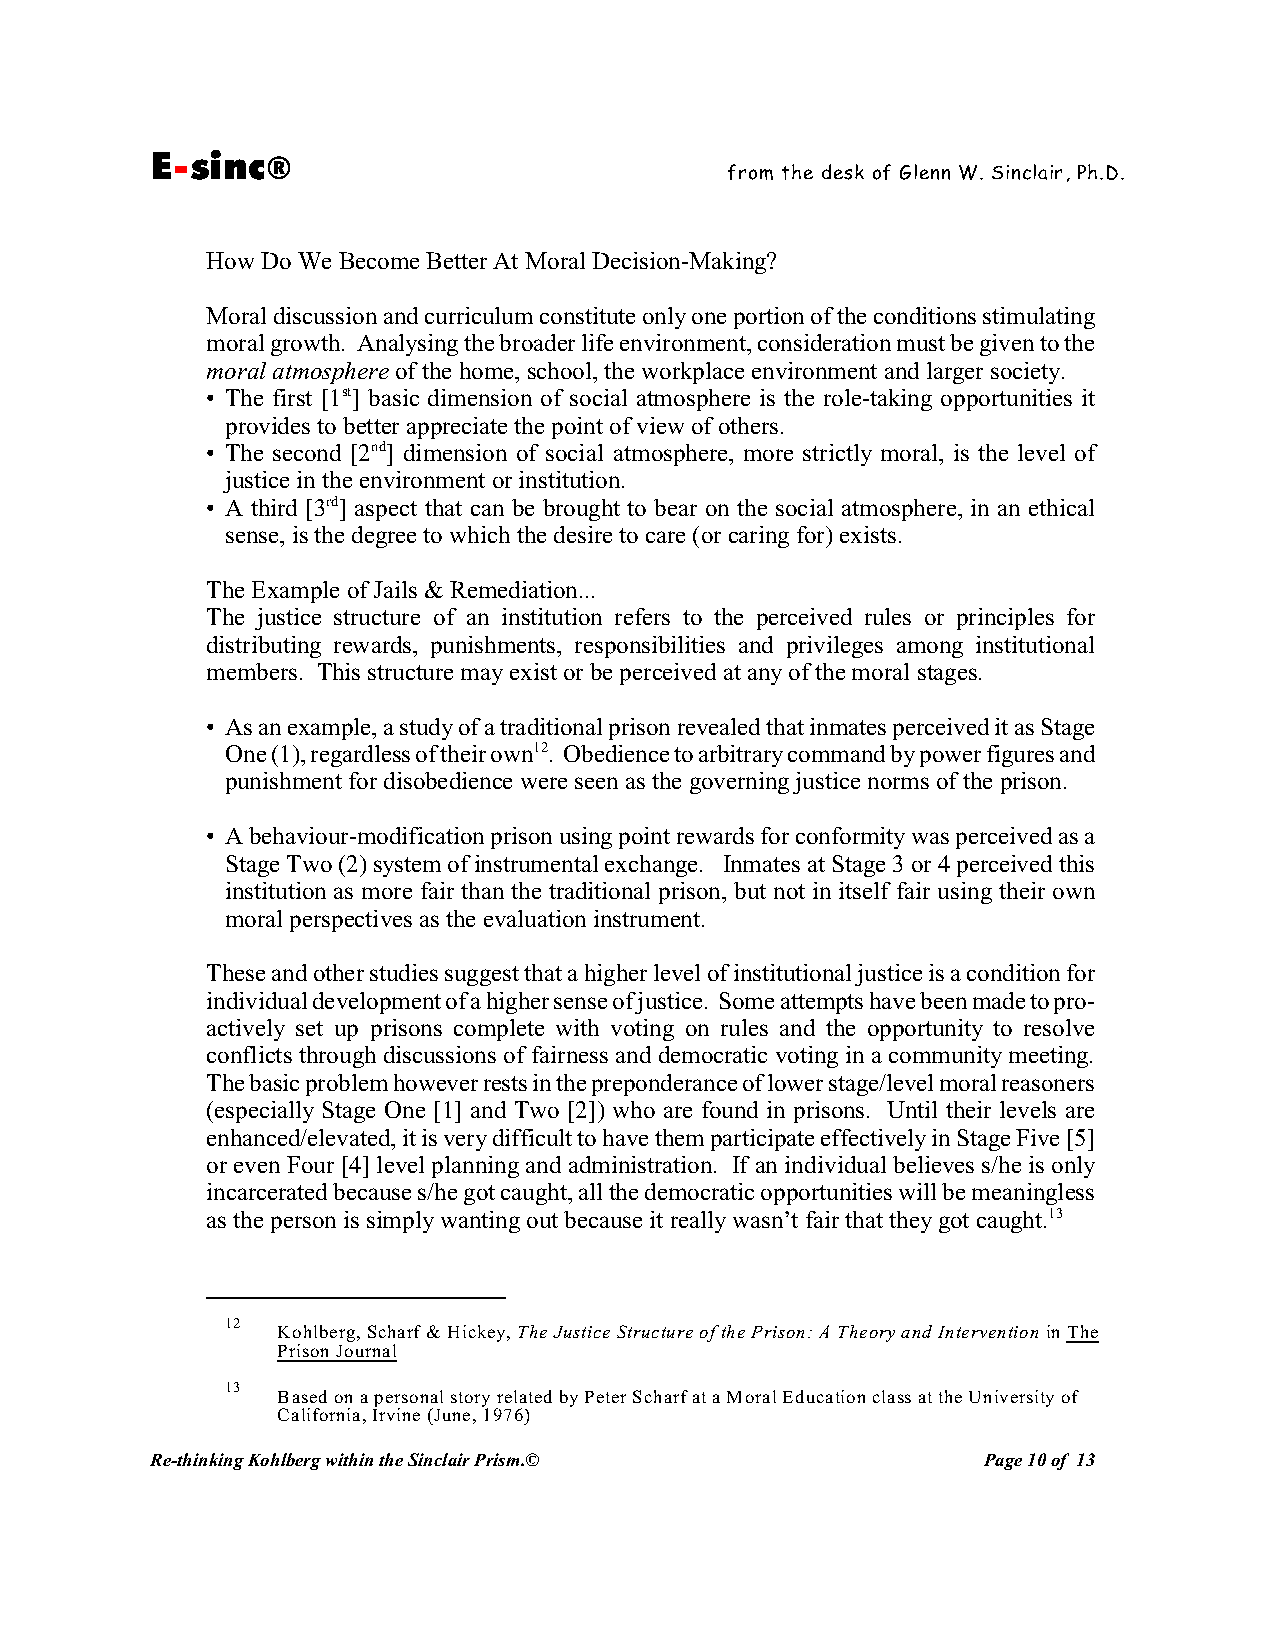
E-sinc®
 from the desk of Glenn W. Sinclair, Ph.D.
 How Do We Become Better At Moral Decision-Making?
 Moral discussion and curriculum constitute only one portion of the conditions stimulating
 moral growth. Analysing the broader life environment, consideration must be given to the
 moral atmosphere of the home, school, the workplace environment and larger society.
 • The first [1st] basic dimension of social atmosphere is the role-taking opportunities it
 provides to better appreciate the point of view of others.
 • The second [2nd] dimension of social atmosphere, more strictly moral, is the level of
 justice in the environment or institution.
 • A third [3rd] aspect that can be brought to bear on the social atmosphere, in an ethical
 sense, is the degree to which the desire to care (or caring for) exists.
 The Example of Jails & Remediation...
 The justice structure of an institution refers to the perceived rules or principles for
 distributing rewards, punishments, responsibilities and privileges among institutional
 members. This structure may exist or be perceived at any of the moral stages.
 • As an example, a study of a traditional prison revealed that inmates perceived it as Stage
 One (1), regardless of their own12. Obedience to arbitrary command by power figures and
 punishment for disobedience were seen as the governing justice norms of the prison.
 • A behaviour-modification prison using point rewards for conformity was perceived as a
 Stage Two (2) system of instrumental exchange. Inmates at Stage 3 or 4 perceived this
 institution as more fair than the traditional prison, but not in itself fair using their own
 moral perspectives as the evaluation instrument.
 These and other studies suggest that a higher level of institutional justice is a condition for
 individual development of a higher sense of justice. Some attempts have been made to pro-
 actively set up prisons complete with voting on rules and the opportunity to resolve
 conflicts through discussions of fairness and democratic voting in a community meeting.
 The basic problem however rests in the preponderance of lower stage/level moral reasoners
 (especially Stage One [1] and Two [2]) who are found in prisons. Until their levels are
 enhanced/elevated, it is very difficult to have them participate effectively in Stage Five [5]
 or even Four [4] level planning and administration. If an individual believes s/he is only
 incarcerated because s/he got caught, all the democratic opportunities will be meaningless
 as the person is simply wanting out because it really wasn’t fair that they got caught.13
 12
 Kohlberg, Scharf & Hickey, The Justice Structure of the Prison: A Theory and Intervention in The
 Prison Journal
 13
 Based on a personal story related by Peter Scharf at a Moral Education class at the University of
 California, Irvine (June, 1976)
 Re-thinking Kohlberg within the Sinclair Prism.©       Page 10 of 13